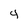
Character: 4